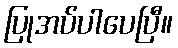
ပြုအပ်ပါပေပြီ။